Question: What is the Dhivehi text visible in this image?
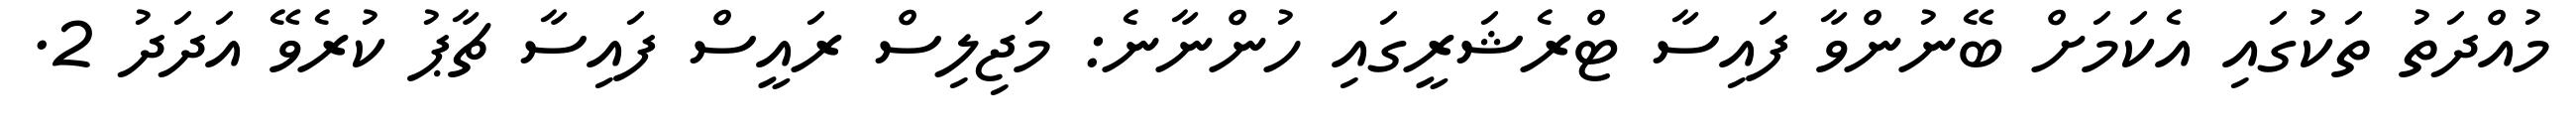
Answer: މުއްދަތު ތަކުގައި އެކަމަށް ބޭނުންވާ ފައިސާ ޓްރެޝަރީގައި ހުންނާނެ: މަޖިލިސް ރައީސް ފައިސާ ޗާޕު ކުރެވޭ އަދަދު 2.